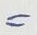
=